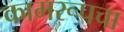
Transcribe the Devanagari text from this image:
कामरूपचा